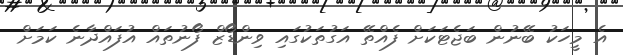
އެ މީހަކު ބޭނުން ބަޖެޓަކަށް ފެއްތޭ އަގުތަކުގައި ވިންޑޯޒް ފޯނުތައް އުފައްދާނެ ކަމަށް